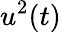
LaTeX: u^{2}(t)